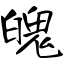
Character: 魄